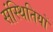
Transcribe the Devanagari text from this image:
संस्थितियों